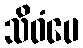
သိဝံပေ